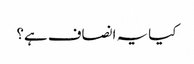
کیا یہ انصاف ہے؟